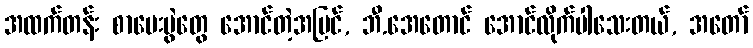
အထက်တန်း စာမေးပွဲတွေ အောင်တဲ့အပြင်, ဘီ.အေတောင် အောင်လိုက်ပါသေးတယ်, အတော်